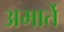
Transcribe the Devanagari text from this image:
अमार्ते